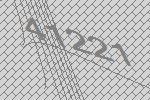
41221